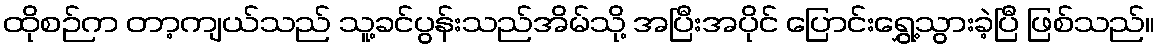
ထိုစဉ်က တာ့ကျယ်သည် သူ့ခင်ပွန်းသည်အိမ်သို့ အပြီးအပိုင် ပြောင်းရွှေ့သွားခဲ့ပြီ ဖြစ်သည်။